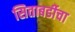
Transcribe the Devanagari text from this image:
सिताबर्डीचा